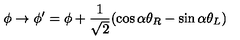
\phi \rightarrow \phi ^ { \prime } = \phi + \frac { 1 } { \sqrt { 2 } } ( \cos \alpha \theta _ { R } - \sin \alpha \theta _ { L } )